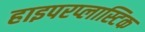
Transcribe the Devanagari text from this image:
हाइपरप्लास्टिक